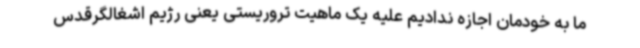
ما به خودمان اجازه ندادیم علیه یک ماهیت تروریستی یعنی رژیم اشغالگرقدس